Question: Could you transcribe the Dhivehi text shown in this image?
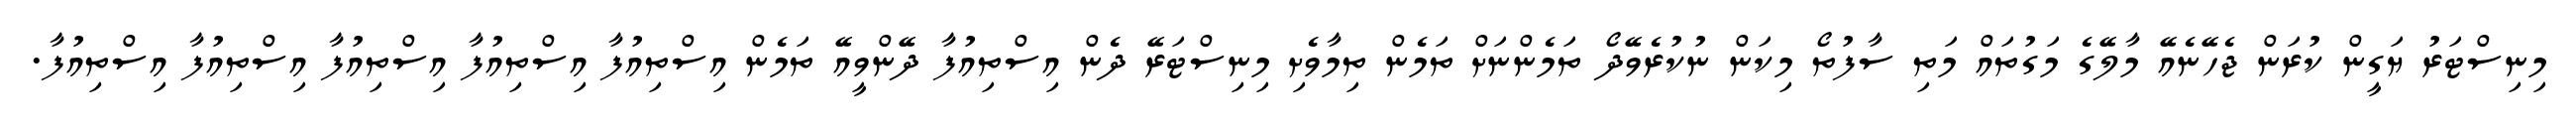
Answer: މިނިސްޓަރު ޔަގީން ކުރަން ޖެހޭނެއޭ މާލޭގެ މަގުތައް މަތި ސާފުތޯ މިކަން ނުކުރެވޭދޯ ތަމެންނަށް ތަމެން ތިމާވެށި މިނިސްޓަރޭ ދެން އިސްތިއުފާ ދޭންވީއޭ ތަމެން އިސްތިއުފާ އިސްތިއުފާ އިސްތިއުފާ އިސްތިއުފާ އިސްތިއުފާ.